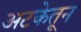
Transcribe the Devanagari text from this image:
अटकेतून